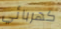
كهربائي